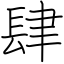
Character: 肆